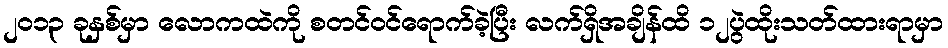
၂၀၁၃ ခုနှစ်မှာ လောကထဲကို စတင်ဝင်ရောက်ခဲ့ပြီး လက်ရှိအချိန်ထိ ၁၂ပွဲထိုးသတ်ထားရာမှာ